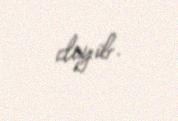
deyib.